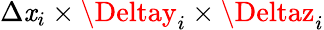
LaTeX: \Delta\mathit{x}_{i}\times\Deltay_{i}\times\Deltaz_{i}